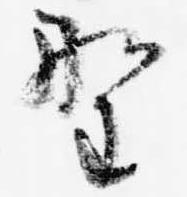
野